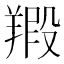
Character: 𦎮